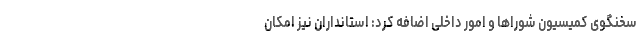
سخنگوی کمیسیون شوراها و امور داخلی اضافه کرد: استانداران نیز امکان